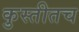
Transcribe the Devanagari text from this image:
कुस्तीतच